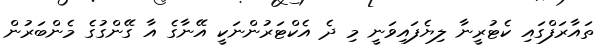
ތައާރަފްގައި ކެޓުރީނާ ލިޔެފައިވަނީ މި ދެ އެކްޓަރުންނަކީ އޭނާގެ އާ ގޭންގުގެ މެންބަރުން